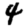
Digit: 4